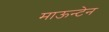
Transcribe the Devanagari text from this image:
माऊन्टेन